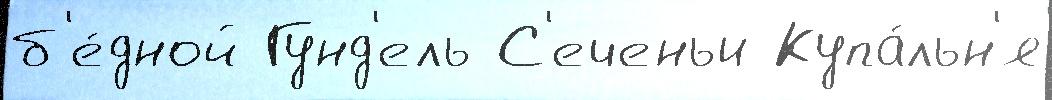
б'е́дной Гунд'ель С'еченьи Купа́льн'я